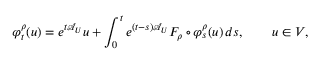
\varphi _ { t } ^ { \rho } ( u ) = e ^ { t \mathcal { A } _ { U } } u + \int _ { 0 } ^ { t } e ^ { ( t - s ) \mathcal { A } _ { U } } F _ { \rho } \circ \varphi _ { s } ^ { \rho } ( u ) \, d s , \qquad u \in V ,